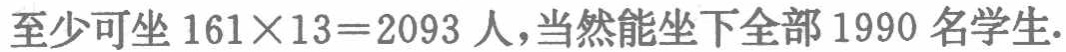
至少可坐 \(161\times13 = 2093\) 人，当然能坐下全部 \(1990\) 名学生.